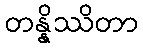
တန္နိဿိတာ